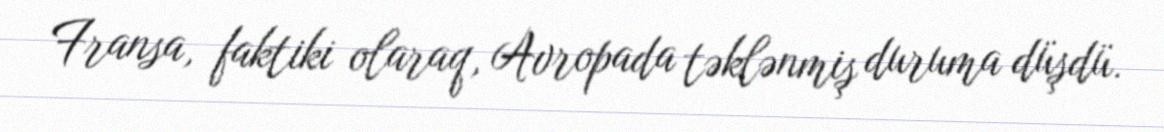
Fransa, faktiki olaraq, Avropada təklənmiş duruma düşdü.